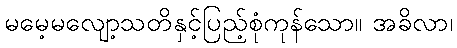
မမေ့မလျော့သတိနှင့်ပြည့်စုံကုန်သော။ အခိလာ၊